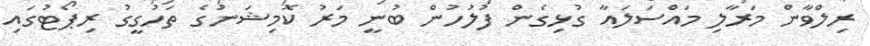
ރިލްވާން މަރާލި މައްސަލައާ ގުޅިގެން ފުލުހުން ބުނީ މަރު ކޮމިޝަނުގެ ތަހުގީގު ރިޕޯޓުގައި